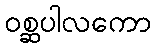
ဝစ္ဆပါလကော